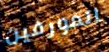
المورفين